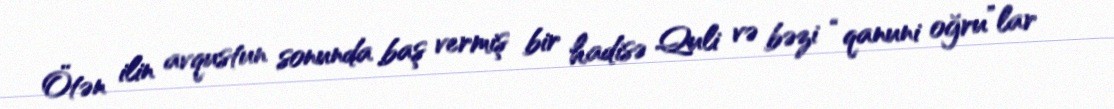
Ötən ilin avqustun sonunda baş vermiş bir hadisə Quli və bəzi “qanuni oğru”lar